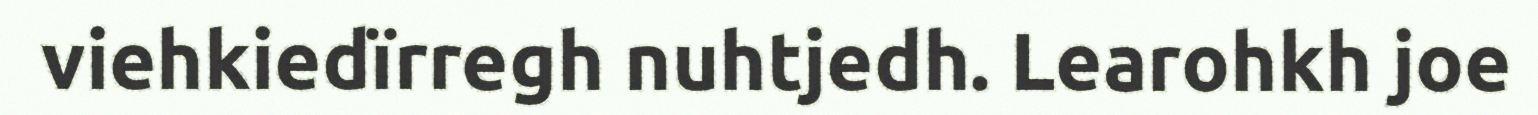
viehkiedïrregh nuhtjedh. Learohkh joe